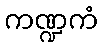
ကဏ္ဍကံ